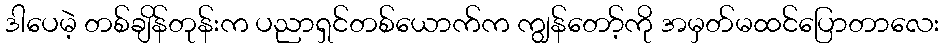
ဒါပေမဲ့ တစ်ချိန်တုန်းက ပညာရှင်တစ်ယောက်က ကျွန်တော့်ကို အမှတ်မထင်ပြောတာလေး